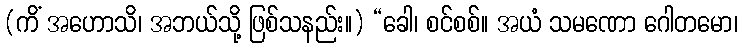
(ကိံ အဟောသိ၊ အဘယ်သို့ ဖြစ်သနည်း။) “ခေါ၊ စင်စစ်။ အယံ သမဏော ဂေါတမော၊